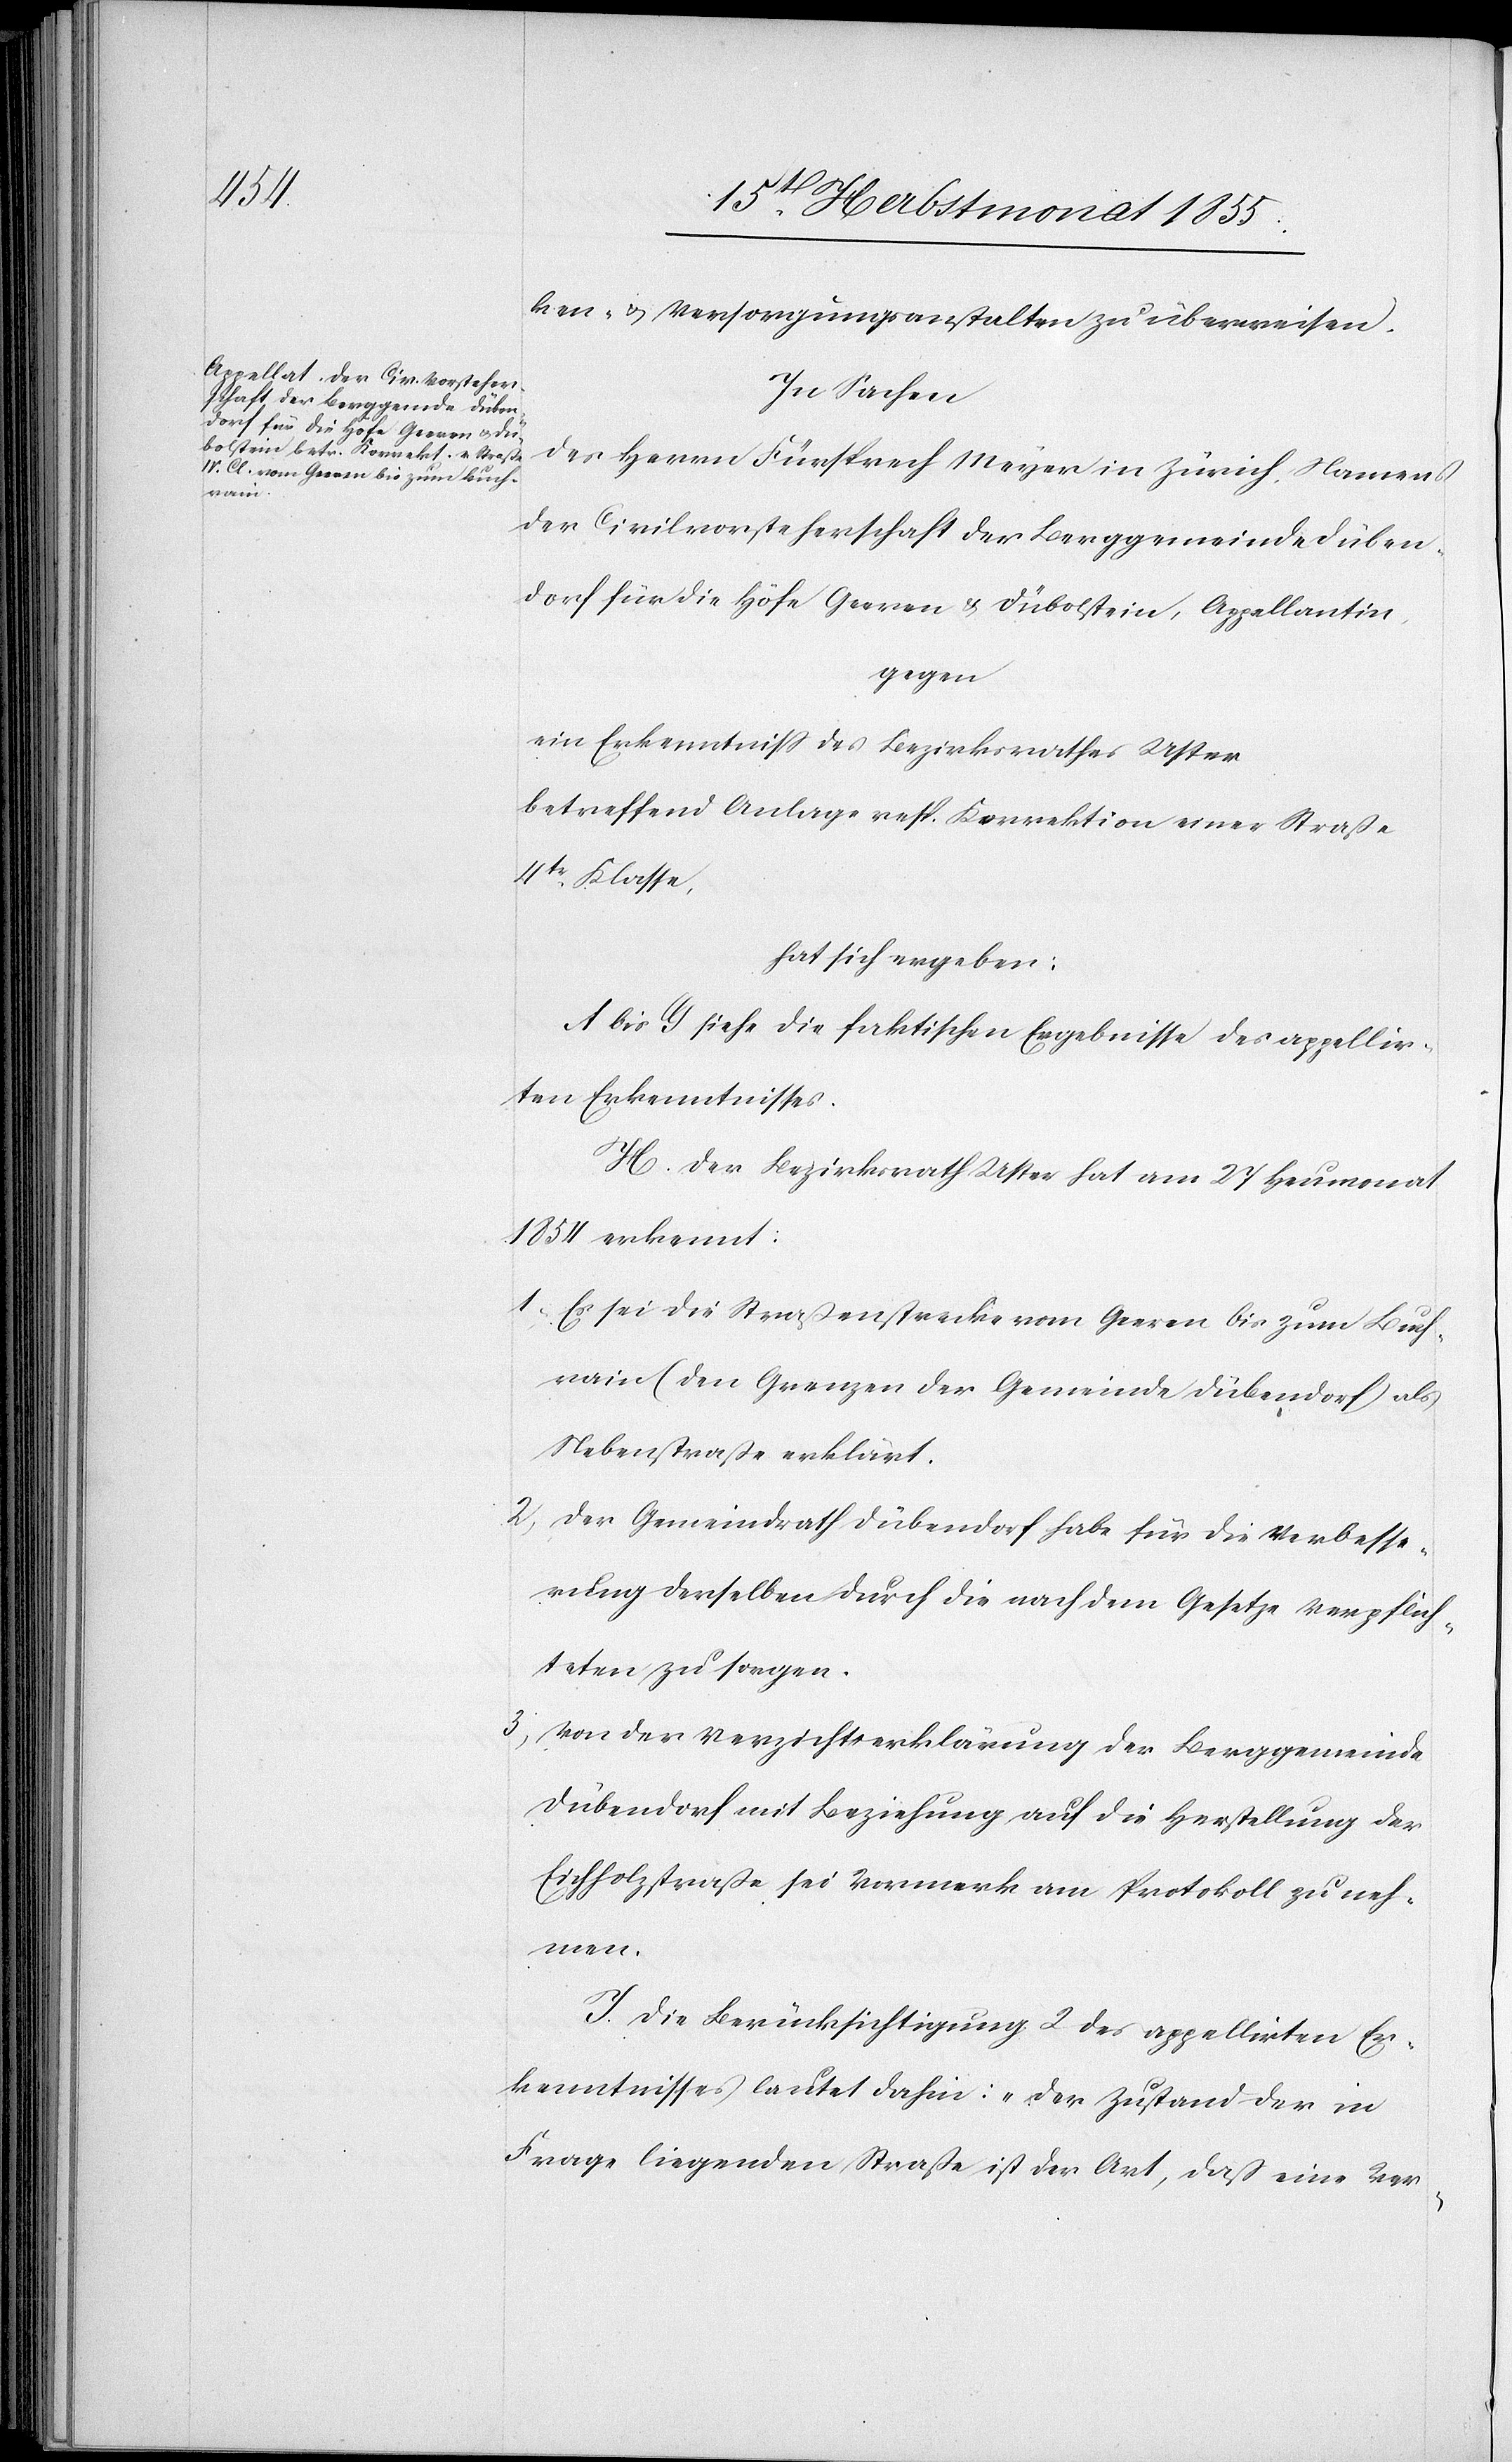
ken- & Versorgungsanstalten zu überweisen.
In Sachen
des Herrn Fürsprech Meyer in Zürich, Namens
der Civilvorsteherschaft der Berggemeinde Düben¬
dorf für die Höfe Geeren & Dübolstein, Appellantin,
gegen
ein Erkenntniss des Bezirksrathes Uster
betreffend Anlage resp. Korrektion einer Straße
4tr. Klasse,
hat sich ergeben:
A bis G siehe die faktischen Ergebnisse des appellir¬
ten Erkenntnisses.
H. Der Bezirksrath Uster hat am 27 Heumonat
1854 erkennt:
Es sei die Straßenstrecke vom Geeren bis zum Buch¬
rain (den Grenzen der Gemeinde Dübendorf) als
Nebenstraße erklärt.
Der Gemeindrath Dübendorf habe für die Verbesse¬
rung derselben durch die nach dem Gesetze Verpflich¬
teten zu sorgen.
Von der Verzichtserklärung der Berggemeinde
Dübendorf mit Beziehung auf die Herstellung der
Eichholzstraße sei Vormerk am Protokoll zu neh¬
men.
I. Die Berücksichtigung 2 des appellirten Er¬
kenntnisses lautet dahin: „Der Zustand der in
Frage liegenden Straße ist der Art, daß eine Ver-